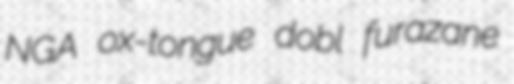
NGA ox-tongue dobl furazane